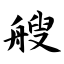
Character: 艘